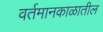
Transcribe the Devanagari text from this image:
वर्तमानकाळातील